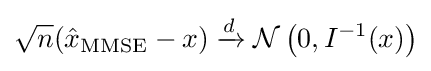
{\sqrt {n}}({\hat {x}}_{\operatorname {MMSE} }-x)\xrightarrow {d} {\mathcal {N}}\left(0,I^{-1}(x)\right)